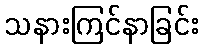
သနားကြင်နာခြင်း